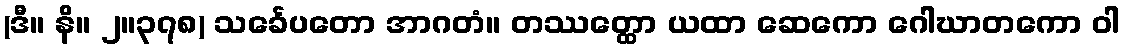
(ဒီ။ နိ။ ၂။၃၇၈) သင်္ခေပတော အာဂတံ။ တဿတ္ထော ယထာ ဆေကော ဂေါဃာတကော ဝါ